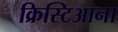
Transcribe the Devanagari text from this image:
क्रिस्टिआना